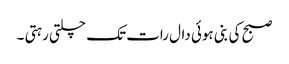
صبح کی بنی ہوئی دال رات تک چلتی رہتی ۔